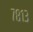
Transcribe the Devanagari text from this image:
७८१३